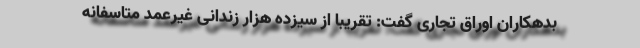
بدهکاران اوراق تجاری گفت: تقریبا از سیزده هزار زندانی غیرعمد متاسفانه